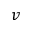
v